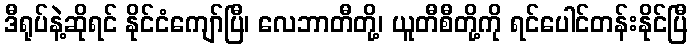
ဒီရုပ်နဲ့ဆိုရင် နိုင်ငံကျော်ပြီ၊ လေဘာတီတို့၊ ယူတီစီတို့ကို ရင်ပေါင်တန်းနိုင်ပြီ